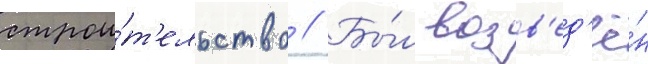
строи́т'ельство // Бы́л возв'ед'ё́н